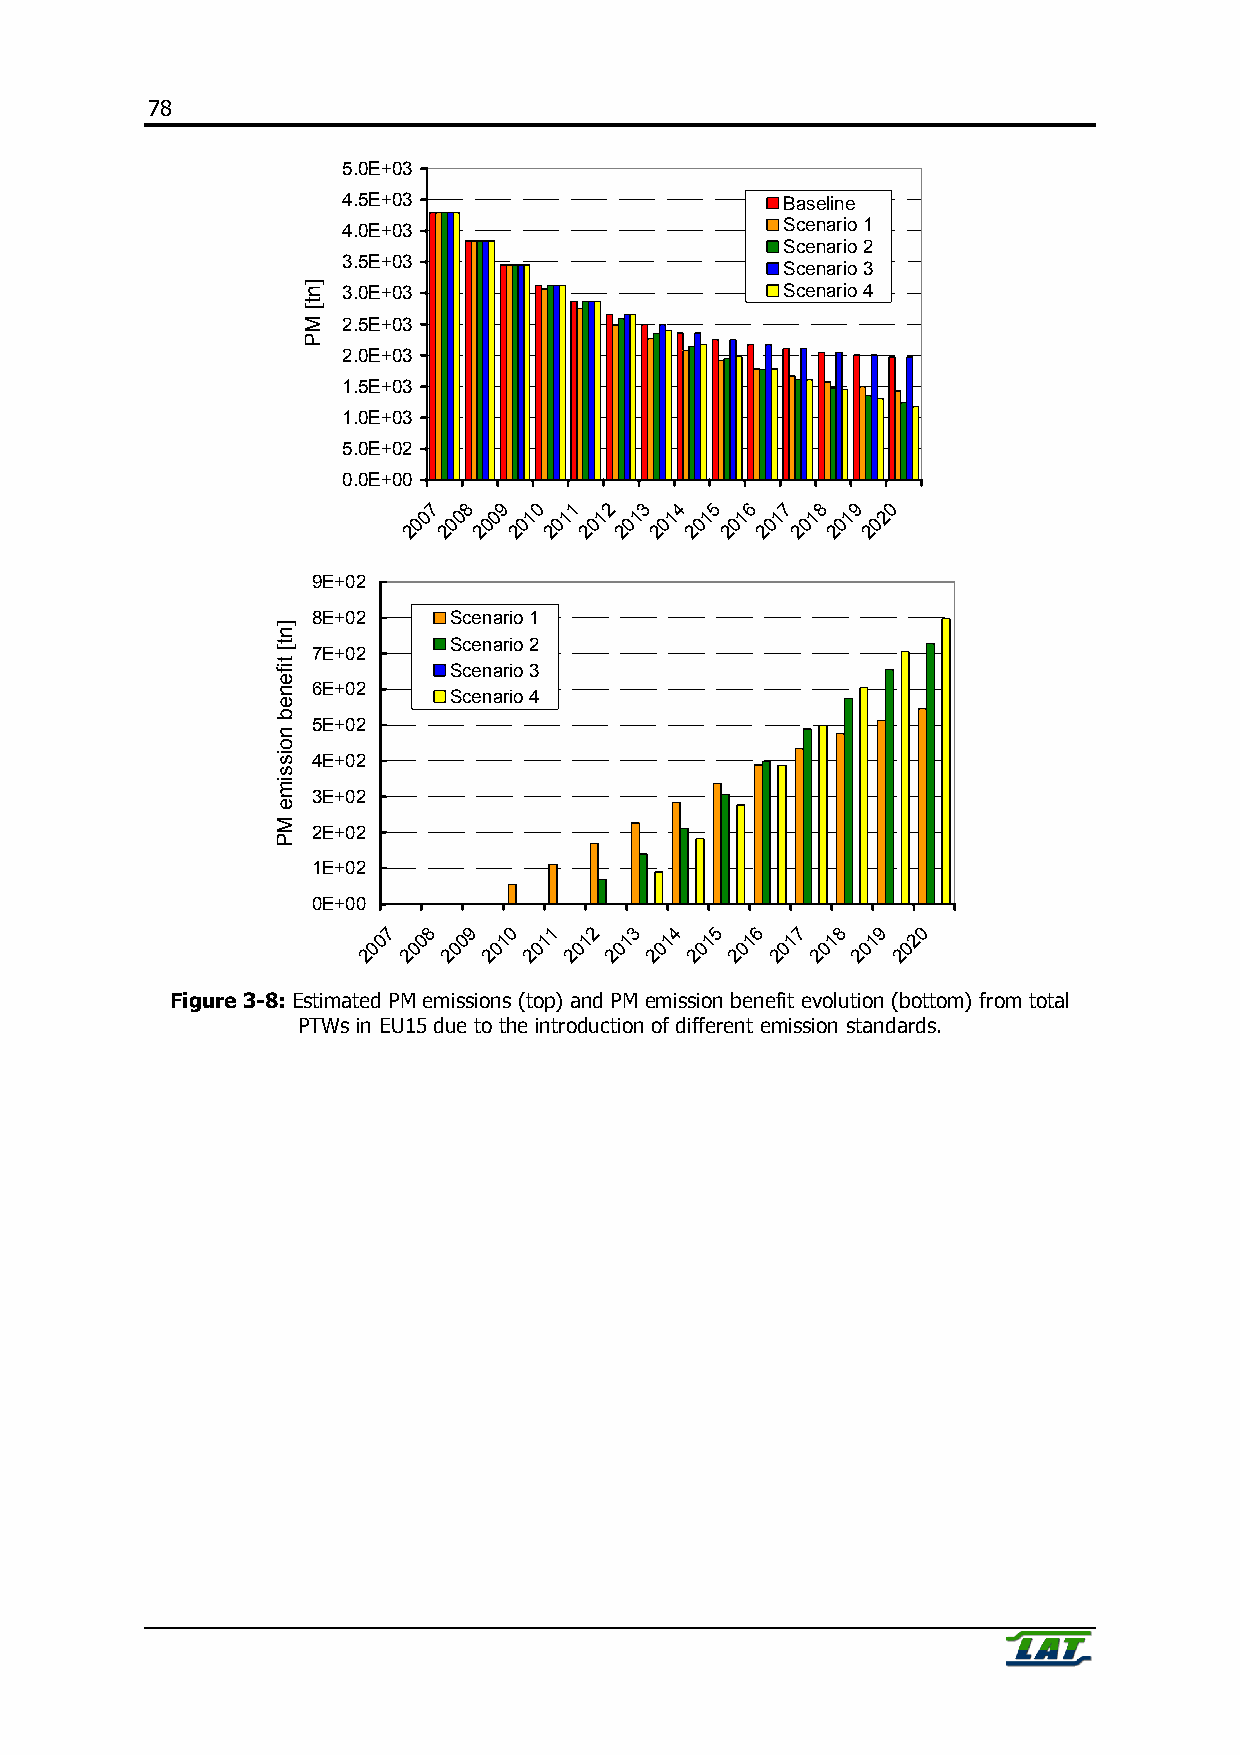
78
 5.0E+03
 4.5E+03                      Baseline
 4.0E+03                      Scenario 1
 Scenario 2
 3.5E+03
 Scenario 3
 3.0E+03                      Scenario 4
 2.5E+03
 2.0E+03
 1.5E+03
 1.0E+03
 5.0E+02
 0.0E+00
 7  8 9 0  1 2 3  4 5 6  7 8 9  0
 0 0  0 1 1  1 1 1  1 1 1  1 1 2
 0  0 0 0  0 0 0  0 0 0  0 0 0  0
 2 2  2 2 2  2 2 2  2 2 2  2 2 2
 9E+02
 8E+02    Scenario 1
 Scenario 2
 7E+02
 Scenario 3
 6E+02
 Scenario 4
 5E+02
 4E+02
 3E+02
 2E+02
 1E+02
 0E+00
 7  8  9  0 1  2  3  4 5  6  7 8  9  0
 0  0 0  1  1  1 1  1  1 1  1  1  1 2
 0 0  0  0 0  0  0  0 0  0  0 0  0  0
 2  2 2  2  2  2 2  2  2 2  2  2  2 2
 Figure 3-8: Estimated PM emissions (top) and PM emission benefit evolution (bottom) from total
 PTWs in EU15 due to the introduction of different emission standards.
 ]nt[
 tifeneb
 noissime
 MP
 ]nt[
 MP